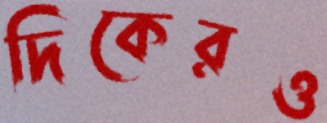
দিকেরও